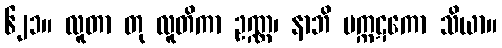
၆၂၁။ လူတာ တု လူတိကာ ဥဏ္ဏ၊ နာဘိ မက္ကဋကော သိယာ။